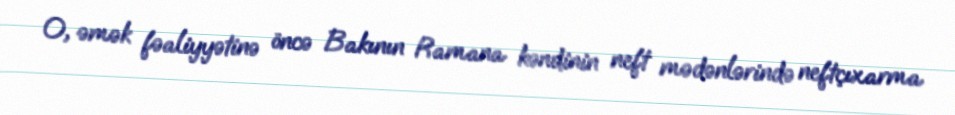
O, əmək fəaliyyətinə öncə Bakının Ramana kəndinin neft mədənlərində neftçıxarma